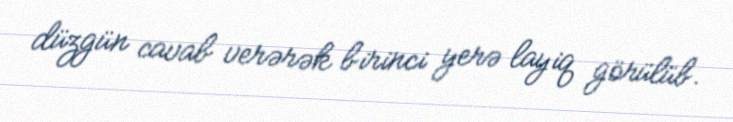
düzgün cavab verərək birinci yerə layiq görülüb.